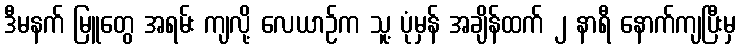
ဒီမနက် မြူတွေ အရမ်း ကျလို့ လေယာဉ်က သူ့ ပုံမှန် အချိန်ထက် ၂ နာရီ နောက်ကျပြီးမှ